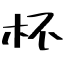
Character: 杯